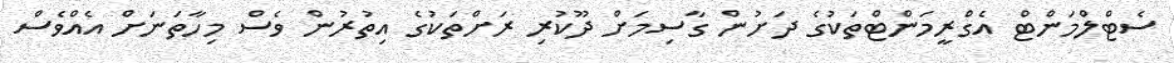
ސެޓްލްމަންޓް އެގްރީމަންޓްތަކުގެ ދަށުން ގާސިމަށް ދޫކުރި ރަށްތަކުގެ އިތުރުން ވެސް މިހާތަނަށް އެއްވެސް